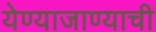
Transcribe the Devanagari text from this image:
येण्याजाण्याची